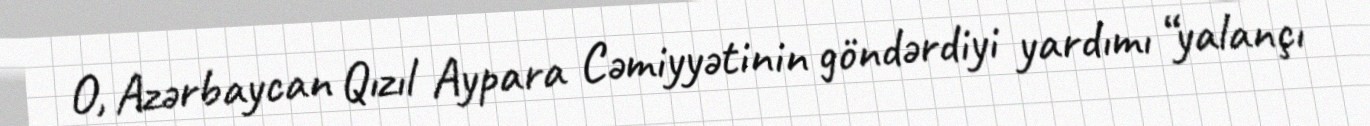
O, Azərbaycan Qızıl Aypara Cəmiyyətinin göndərdiyi yardımı “yalançı